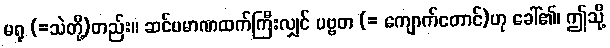
မရု (=သဲတို့)တည်း။ ဆင်ပမာဏထက်ကြီးလျှင် ပဗ္ဗတ (= ကျောက်တောင်)ဟု ခေါ်၏၊ ဤသို့